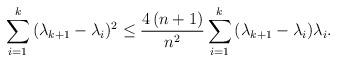
LaTeX: \begin{align*}\sum\limits_{i = 1}^k {({\lambda _{k + 1}} - {\lambda _i}} {)^2} \le \frac{{4\left( {n + 1} \right)}}{{{n^2}}}\sum\limits_{i = 1}^k {({\lambda _{k + 1}} - {\lambda _i})} {\lambda _i}.\end{align*}